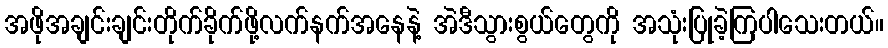
အဖိုအချင်းချင်းတိုက်ခိုက်ဖို့လက်နက်အနေနဲ့ အဲဒီသွားစွယ်တွေကို အသုံးပြုခဲ့ကြပါသေးတယ်။